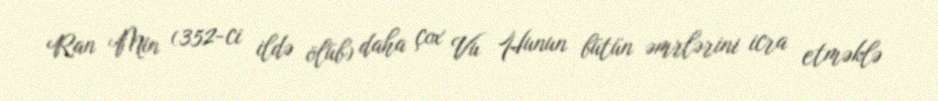
Ran Min (352-ci ildə ölüb) daha çox Vu Hunun bütün əmrlərini icra etməklə